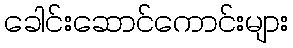
ခေါင်းဆောင်ကောင်းများ